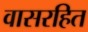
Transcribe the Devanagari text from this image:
वासरहित